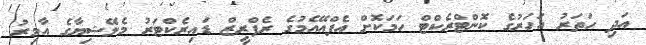
އަދި ހަތަރު އަހަރުގެ ކޮންޓްރެކްޓް ހަމަކޮށް އެފްއޭއެމުގެ ރެފްރީޒް ޑައިރެކްޓަރު މެލޭޝިޔާގެ އާމިރު